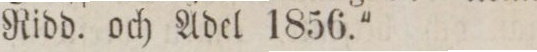
Ridd. och Ädel 1856.'